Annual statistical returns and brief notes on vaccination in Bengal - 1909-1929
Year: 1909
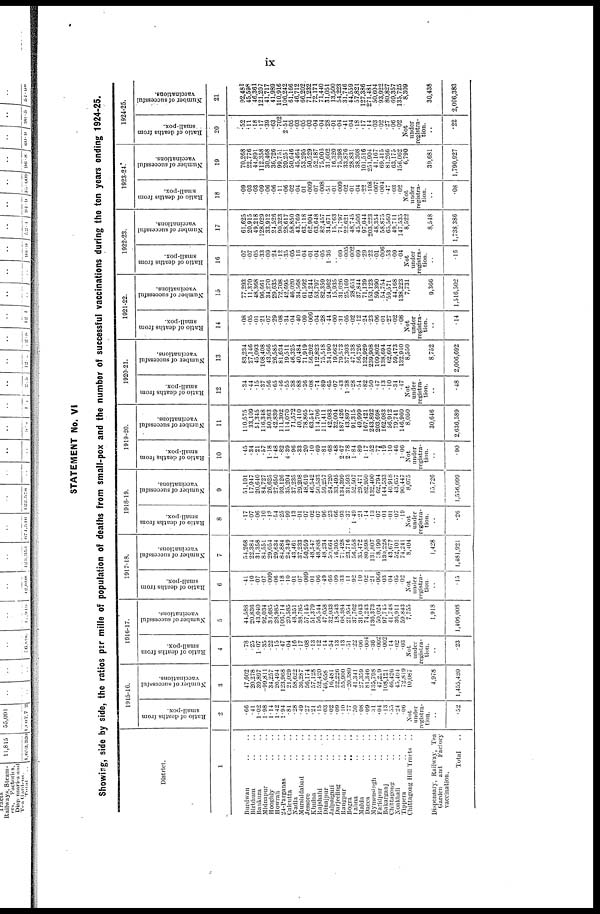
ix
STATEMENT No. VI
Showing, side by side, the ratios per mille of population of deaths from small-pox and the number of successful vaccinations during the ten years ending 1924-25.
District.
1
Burdwan .. ..
Birbhum .. ..
Bankura .. ..
Midnapur .. ..
Hooghly .. ..
Howrah .. ..
24-Parganas .. ..
Calcutta .. ..
Nadia .. ..
Murshidabad .. ..
Jessore .. ..
Khulna .. ..
Rajshahi .. ..
Dinajpur .. ..
Jalpaiguri .. ..
Darjeeling .. ..
Rangpur .. ..
Bogra .. ..
Pabna .. ..
Malda .. ..
Dacca .. ..
Mymensingh .. ..
Faridpur .. ..
Bakarganj .. ..
Chittagong .. ..
Noakhali .. ..
Tippera .. ..
Chittagong Hill Tracts ..
Dispensary, Railway, Tea
Garden and Factory
vaccination.
Total
..
1915-16.
Ratio of deaths from
small-pox.
2
.66
.41
1.02
1.98
1.14
1.42
1.94
.81
.28
.49
.27
.21
.15
.03
.02
.09
.10
.77
.50
.08
.09
.31
.04
.13
.55
.24
.06
Not
under
registra-
tion.
..
.52
Number of successful
vaccinations.
3
47,602
20,278
39,897
99,811
34,257
20,494
123,968
21,029
58,622
36,287
56,174
57,128
52,420
46,658
16,481
22,226
55,900
20,380
41,341
27,359
81,346
135,798
47,229
108,121
46,426
45,404
72,819
10,087
4,978
1,455,420
1916-17.
Ratio of deaths from
small-pox.
4
.78
.25
1.07
.35
.22
.15
.47
.04
.16
.17
.08
.13
.12
.14
.54
.13
.13
.51
.22
.06
.004
.36
.002
.002
.14
.02
.03
Not
under
registra-
tion.
..
.23
Number of successful
vaccinations.
5
44,588
20,836
43,040
92,034
33,685
28,985
106,714
20,585
48,351
38,785
57,145
51,379
56,544
47,058
32,033
18,543
68,384
21,954
37,762
31,043
74,243
136,373
50,024
97,745
41,748
36,911
59,843
7,755
1,918
1,406,008
1917-18.
Ratio of deaths from
small-pox.
6
.41
.10
.07
.07
.009
.06
.18
.10
.01
.07
.009
.01
.06
.49
.66
.09
.33
.11
.92
.10
.02
.21
.006
.03
.04
.05
.02
Not
under
registra-
tion.
..
.15
Number of successful
vaccinations.
7
54,268
22,384
31,358
84,551
29,054
29,634
84,884
24,349
43,461
37,233
50,959
48,547
48,888
48,234
99,664
16,305
71,428
23,716
56,558
35,472
80,898
131,807
58,190
130,228
43,677
52,101
74,241
8,404
1,428
1,481,921
1918-19.
Ratio of deaths from
small-pox.
8
.17
.07
.06
.10
.13
.54
.25
.99
.13
.01
.07
.02
.07
.96
.23
.66
.93
.37
1.49
.21
.14
.13
.07
.01
.01
.07
.19
Not
under
registra-
tion.
..
.26
Number of successful
vaccinations.
9
51,101
17,947
20,640
84,727
26,625
27,650
93,126
35,204
37,235
29,208
48,619
46,542
50,533
59,257
24,720
33,495
134,399
31,593
52,507
29,471
82,950
132,400
62,794
144,533
40,918
43,657
90,447
8,075
15,726
1,556,099
1919-20.
Ratio of deaths from
small-pox.
10
.45
.34
.21
.57
1.18
1.48
.82
4.39
.96
.33
.20
.10
.69
.81
.68
.48
2.67
2.78
1.84
.89
1.17
.52
.77
.19
.10
.46
1.06
Not
under
registra-
tion.
..
.90
Number of successful
vaccinations.
11
110,575
33,109
51,345
116,348
50,363
42,839
111,302
114,070
71,572
40,410
78,865
63,547
114,706
111,411
42,083
32,004
187,426
43,897
91,315
49,999
167,421
243,892
203,698
162,083
56,912
79,741
146,960
8,050
30,646
2,636,589
1920-21.
Ratio of deaths from
small-pox.
12
.34
.44
.15
.37
.56
.65
.46
.55
.38
.88
.36
.08
.74
.89
.65
.07
.43
1.38
.28
.54
.82
.50
.47
.13
.10
.34
.47
Not
under
registra-
tion.
..
.48
Number of successful
vaccinations.
13
83,234
27,146
45,093
108,408
43,566
26,585
81,634
19,511
46,325
40,484
71,919
56,202
112,823
75,518
34,190
19,662
79,573
37,303
47,138
56,726
132,929
239,908
109,802
138,694
62,604
59,473
132,940
8,550
8,752
2,006,692
1921-22.
Ratio of deaths from
small-pox.
14
.08
.05
.01
.21
.07
.29
.08
.34
.04
.40
.09
.009
.04
.28
.44
.00
.31
.05
.02
.12
.24
.23
.06
.01
.27
.02
.08
Not
under
registra-
tion.
..
.14
Number of successful
vaccinations.
15
77,293
11,370
48,368
96,661
34,270
29,635
72,708
42,695
46,020
34,568
61,592
64,244
53,797
82,359
24,962
15,935
31,626
25,169
28,651
37,844
71,139
153,123
59,390
54,754
59,571
44,168
138,223
7,731
9,366
1,516,502
1922-23.
Ratio of deaths from
small-pox.
16
.07
.07
.05
.33
.09
.24
.12
.35
.05
.16
.04
.01
.04
.05
1.36
.. .09
.005
.002
.09
.29
.22
.01
.006
.53
.09
.04
Not
under
registra-
tion.
..
.16
Number of successful
vaccinations.
17
61,625
20,915
49,218
128,029
33,912
24,526
90,323
28,617
58,850
43,769
63,118
62,904
63,648
82,457
34,671
15,763
71,797
22,621
48,745
45,506
97,044
203,223
48,354
58,875
65,560
49,711
147,535
8,522
8,548
1,738,386
1923-24.
Ratio of deaths from
small-pox.
18
.09
.03
.03
.09
.06
.06
.11
.06
.02
.04
.01
.009
.07
.008
.51
.01
.009
.02
.01
.04
.22
.108
.007
.004
.47
.03
.02
Not
under
registra-
tion.
..
.08
Number of successful
vaccinations.
19
70,268
22,776
44,891
112,358
30,468
36,726
99,751
20,251
50,646
45,464
53,295
50,529
52,187
75,006
31,602
16,320
75,398
33,876
28,831
38,308
101,516
251,904
41,167
69,415
81,266
63,175
156,062
6,790
39,681
1,790,927
1924-25.
Ratio of deaths from
small-pox.
20
.52
.11
.18
.17
.39
.63
.702
2.51
.05
.03
.05
.03
.04
.04
.28
.01
.04
.41
.04
.18
.17
.14
.03
.02
.27
.06
.02
Not
under
registra-
tion.
..
.22
Number of successful
vaccinations.
21
92,481
45,598
46,361
121,207
41,717
41,989
110,916
106,242
61,166
46,712
66,202
71,232
72,171
71,440
31,051
13,500
54,223
31,746
44,559
57,821
127,386
271,481
50,604
93,922
80,827
69,357
135,725
8,309
30,438
2,096,383